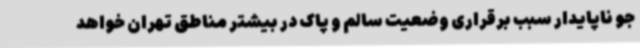
جو ناپایدار سبب برقراری وضعیت سالم و پاک در بیشتر مناطق تهران خواهد